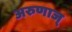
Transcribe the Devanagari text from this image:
अरुणाज्